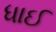
ધાઈ